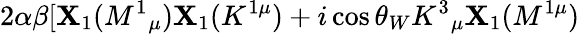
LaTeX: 2\alpha\beta\lbrack\mathbf{X}_{1}(M^{1}{}_{\mu})\mathbf{X}_{1}(K^{1\mu})+i\cos\theta_{W}K^{3}{}_{\mu}\mathbf{X}_{1}(M^{1\mu})